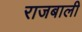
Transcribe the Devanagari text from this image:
राजबाली